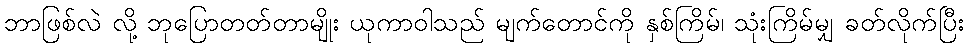
ဘာဖြစ်လဲ လို့ ဘုပြောတတ်တာမျိုး ယုကာဝါသည် မျက်တောင်ကို နှစ်ကြိမ်၊ သုံးကြိမ်မျှ ခတ်လိုက်ပြီး